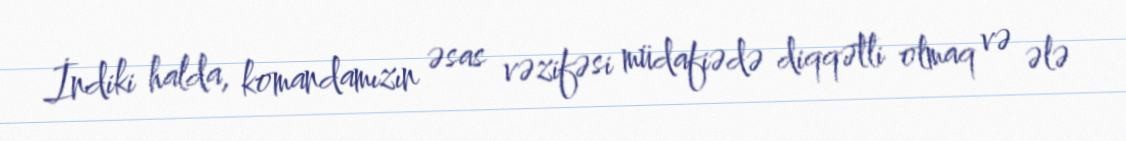
İndiki halda, komandamızın əsas vəzifəsi müdafiədə diqqətli olmaq və ələ